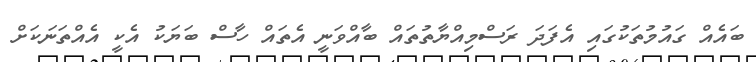
ބައެއް ގައުމުތަކުގައި އެފަދަ ރަސްމިއްޔާތުތައް ބާއްވަނީ އެތައް ހާސް ބަޔަކު އެކީ އެއްތަނަކަށް